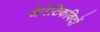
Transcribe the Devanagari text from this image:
जेनेटिकविदों